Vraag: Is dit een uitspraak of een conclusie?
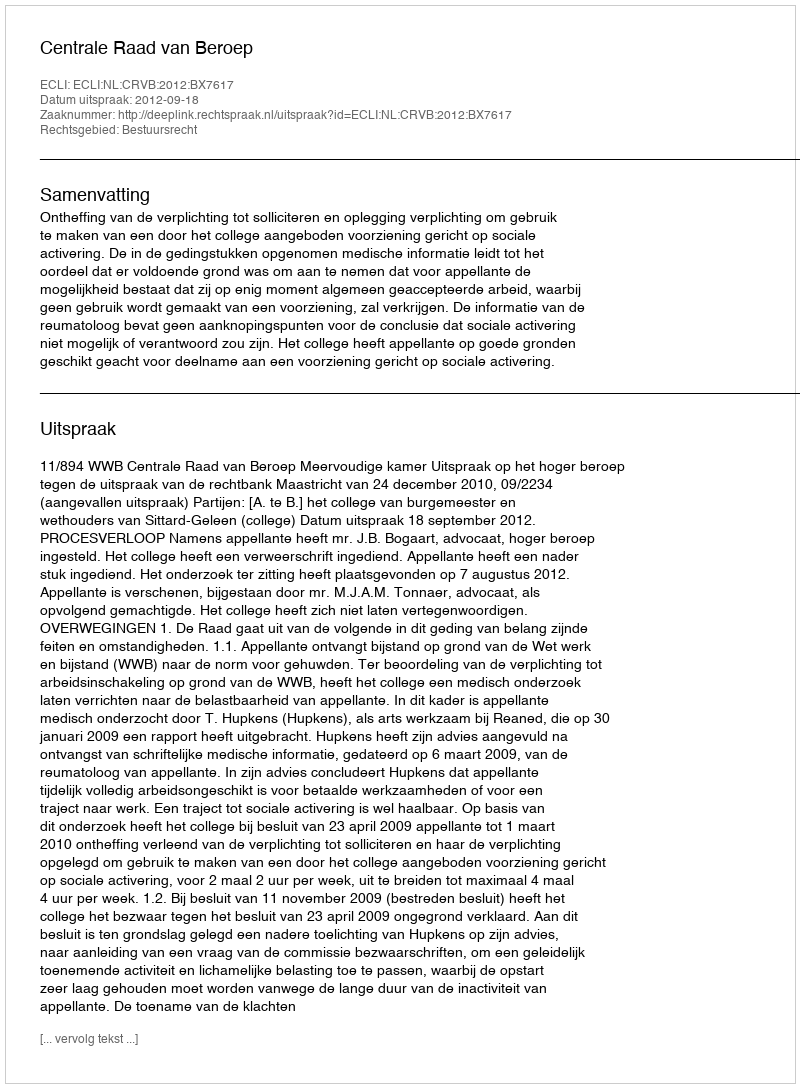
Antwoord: Uitspraak